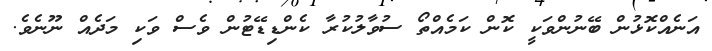
އަނެއްކޮޅުން ބޭނުންވަކީ ކޮން ކަމެއްތޯ ސުވާލުކުރާ ކެންޑިޑޭޓުން ވެސް ވަކި މަދެއް ނޫނެވެ.